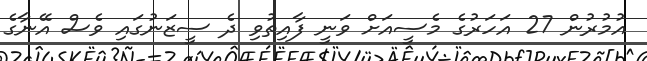
އުމުރުން 27 އަހަރުގެ މެސީއަށް ވަނީ ފާއިތުވި ދެ ސީޒަނުގައި ވެސް އޭނާގެ